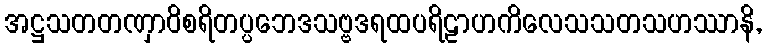
အဋ္ဌသတတဏှာဝိစရိတပ္ပဘေဒသဗ္ဗဒရထပရိဠာဟကိလေသသတသဟဿာနိ,